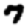
Digit: 7